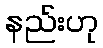
နည်းဟု